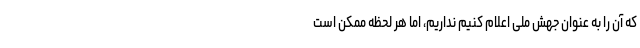
که آن را به عنوان جهش ملی اعلام کنیم نداریم، اما هر لحظه ممکن است